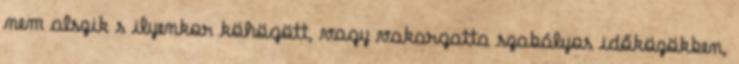
nem alszik s ilyenkor köhögött, vagy vakargatta szabályos időközökben,